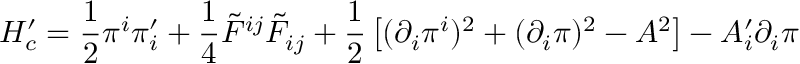
H _ { c } ^ { \prime } = \frac { 1 } { 2 } \pi ^ { i } \pi _ { i } ^ { \prime } + \frac { 1 } { 4 } \tilde { F } ^ { i j } \tilde { F } _ { i j } + \frac { 1 } { 2 } \left[ ( \partial _ { i } \pi ^ { i } ) ^ { 2 } + ( \partial _ { i } \pi ) ^ { 2 } - A ^ { 2 } \right] - A _ { i } ^ { \prime } \partial _ { i } \pi